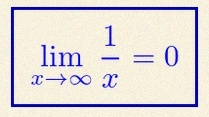
\lim_{x\to\infty}\frac{1}{x}=0